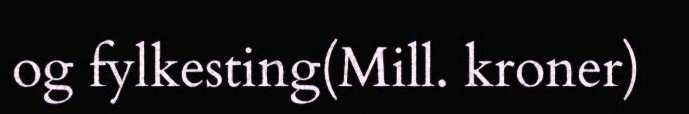
og fylkesting(Mill. kroner)